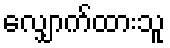
လျှောက်ထားသူ